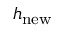
h _ { \mathrm { n e w } }